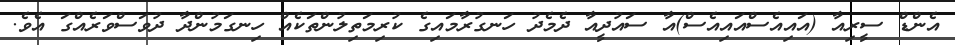
އެންޑް ސީރިއާ (އައިއެސްއައިއެސް)އާ ސައުދީއާ ދެމެދު ހަނގުރާމައިގެ ކުރިމަތިލުންތަކެއް ހިނގަމުންދާ ދުވަސްވަރެއްގަ އެވެ.